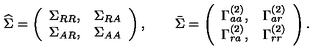
{ \widehat \Sigma } = \left( \begin{array} { c c } { \Sigma _ { R R } , } & { \Sigma _ { R A } } \\ { \Sigma _ { A R } , } & { \Sigma _ { A A } } \\ \end{array} \right) , \qquad { \bar { \Sigma } } = \left( \begin{array} { c c } { \Gamma _ { a a } ^ { ( 2 ) } , } & { \Gamma _ { a r } ^ { ( 2 ) } } \\ { \Gamma _ { r a } ^ { ( 2 ) } , } & { \Gamma _ { r r } ^ { ( 2 ) } } \\ \end{array} \right) .